画像に写った文字を読んでください
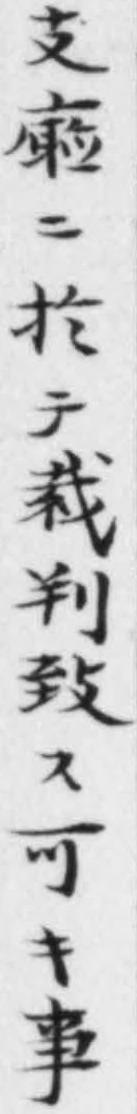
「支廳ニ扵テ裁判致ス可キ事」と書いてあります